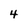
Character: 4